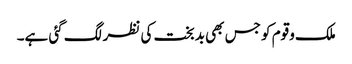
ملک وقوم کو جس بھی بدبخت کی نظر لگ گئی ہے۔